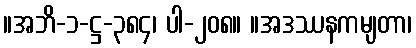
။အဘိ-၁-ဋ္ဌ-၃၈၄၊ ပါ-၂၀၈။ ။အဒဿနကမျတာ၊